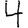
Digit: 4